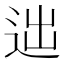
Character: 𨒞